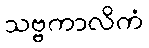
သဗ္ဗကာလိကံ